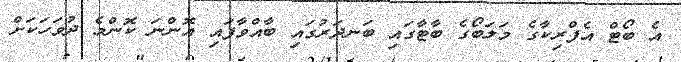
އެ ބޯޓް އެފްރިކާގެ މަލަބޯގެ ބާޓާގައި ބަނދަރުގައި ބާއްވާފައި އޮންނަ ކޮންމެ ދުވަހަކަށް